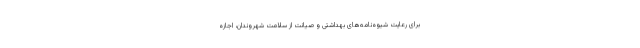
برای رعایت شیوه‌نامه‌های بهداشتی و صیانت از سلامت شهروندان، اجازه